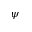
\psi